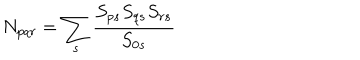
N _ { p q r } = \sum _ { s } \frac { S _ { p s } S _ { q s } S _ { r s } } { S _ { 0 s } }